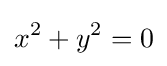
x^{2}+y^{2}=0